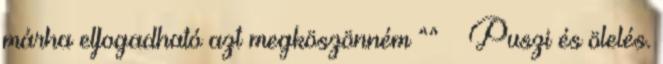
márha elfogadható azt megköszönném ^^ Puszi és ölelés.